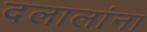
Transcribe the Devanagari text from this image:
दलालांना